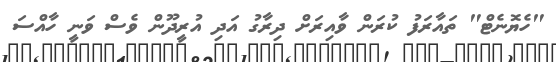
"ހެޔޮނެޓް" ތައާރަފު ކުރަން ވާއިރަށް ދިރާގު އަދި އުރީދޫން ވެސް ވަނީ ހާއްސަ